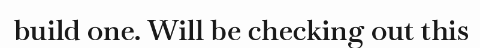
build one. Will be checking out this